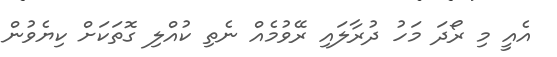
އެއީ މި ރޯދަ މަހު ދުރާލައި ރޭވުމެއް ނެތި ކުއްލި ގޮތަކަށް ކިޔެވުން